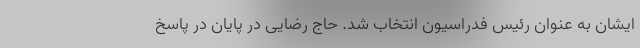
ایشان به عنوان رئیس فدراسیون انتخاب شد. حاج رضایی در پایان در پاسخ